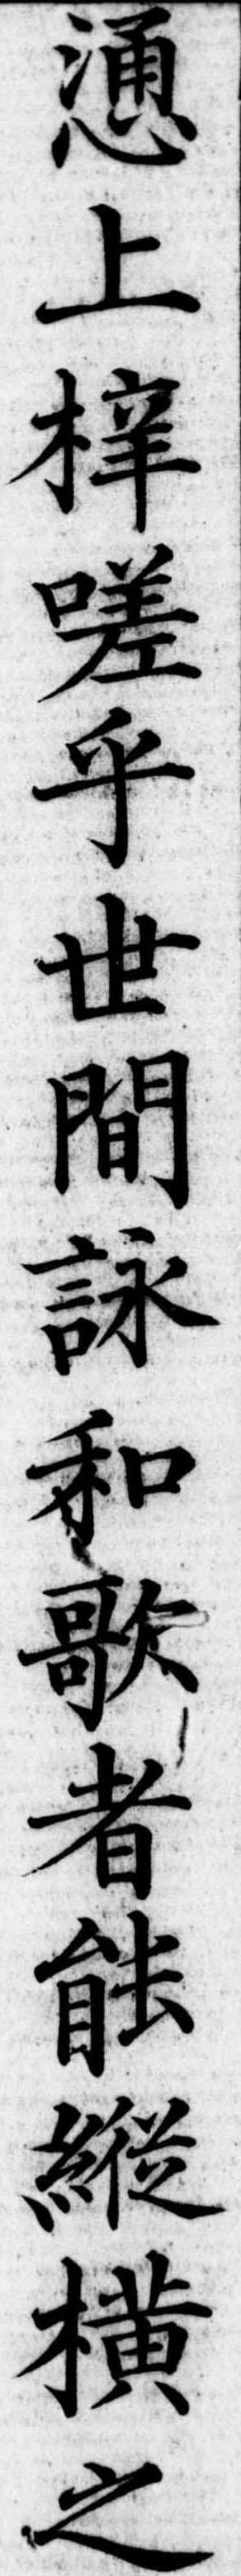
慂上嗟乎世間詠和歌者能縦横之